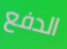
الدفع